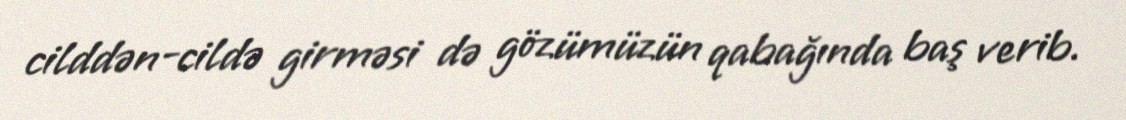
cilddən-cildə girməsi də gözümüzün qabağında baş verib.